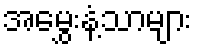
အမွှေးနံ့သာများ